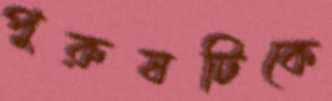
পুরুষটিকে